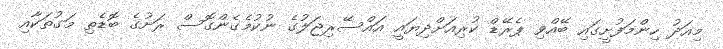
މިއަދު ހިންމަފުށީގައި ބޭއްވި ޕެރޭޑް ކުރިއަށްދިޔައީ އައްސޭރިޖަލުގެ ނުކުމެގެންގޮސް ރަށުގެ ބޮޑެތި މަގުތަކާއި